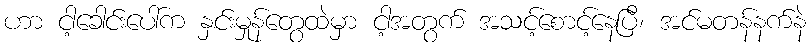
ဟာ ငါ့ခေါင်းပေါ်က နှင်းမှုန်တွေထဲမှာ ငါ့အတွက် အသင့်စောင့်နေပြီ၊ အင်မတန်နက်နဲ